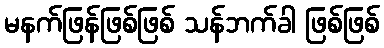
မနက်ဖြန်ဖြစ်ဖြစ် သန်ဘက်ခါ ဖြစ်ဖြစ်